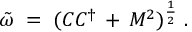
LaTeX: { \tilde { \omega } } \; = \; ( C C ^ { \dagger } \, + \, M ^ { 2 } ) ^ { \frac { 1 } { 2 } } \; .